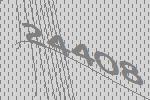
24408